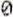
0